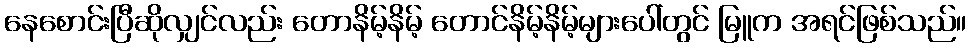
နေစောင်းပြီဆိုလျှင်လည်း တောနိမ့်နိမ့် တောင်နိမ့်နိမ့်များပေါ်တွင် မြူက အရင်ဖြစ်သည်။